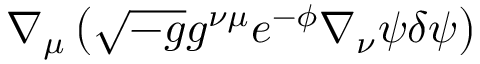
\nabla _ { \mu } \left( \sqrt { - g } g ^ { \nu \mu } e ^ { - \phi } \nabla _ { \nu } \psi \delta \psi \right)